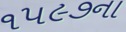
૧૫૯૭ના